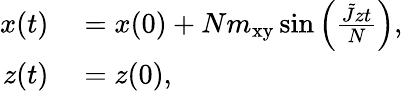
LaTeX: \begin{array}{rl}{x(t)}&{{}=x(0)+Nm_{\mathrm{xy}}\, \mathrm{sin}\left(\frac{\tilde{J}zt}{N}\right),}\\ {z(t)}&{{}=z(0),}\end{array}